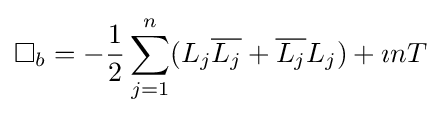
\Box _{b}=-{\frac {1}{2}}\sum _{j=1}^{n}(L_{j}{\overline {L_{j}}}+{\overline {L_{j}}}L_{j})+\imath nT